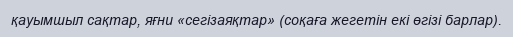
қауымшыл сақтар, яғни «сегізаяқтар» (соқаға жегетін екі өгізі барлар).